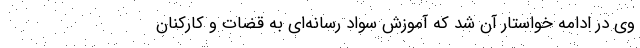
وی در ادامه خواستار آن شد که آموزش سواد رسانه‌ای به قضات و کارکنان